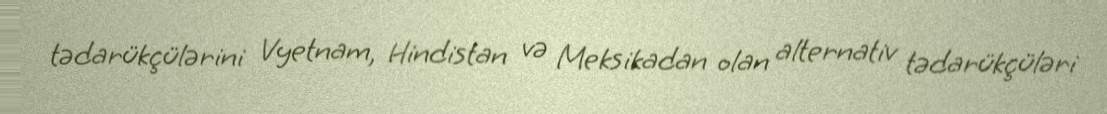
tədarükçülərini Vyetnam, Hindistan və Meksikadan olan alternativ tədarükçüləri